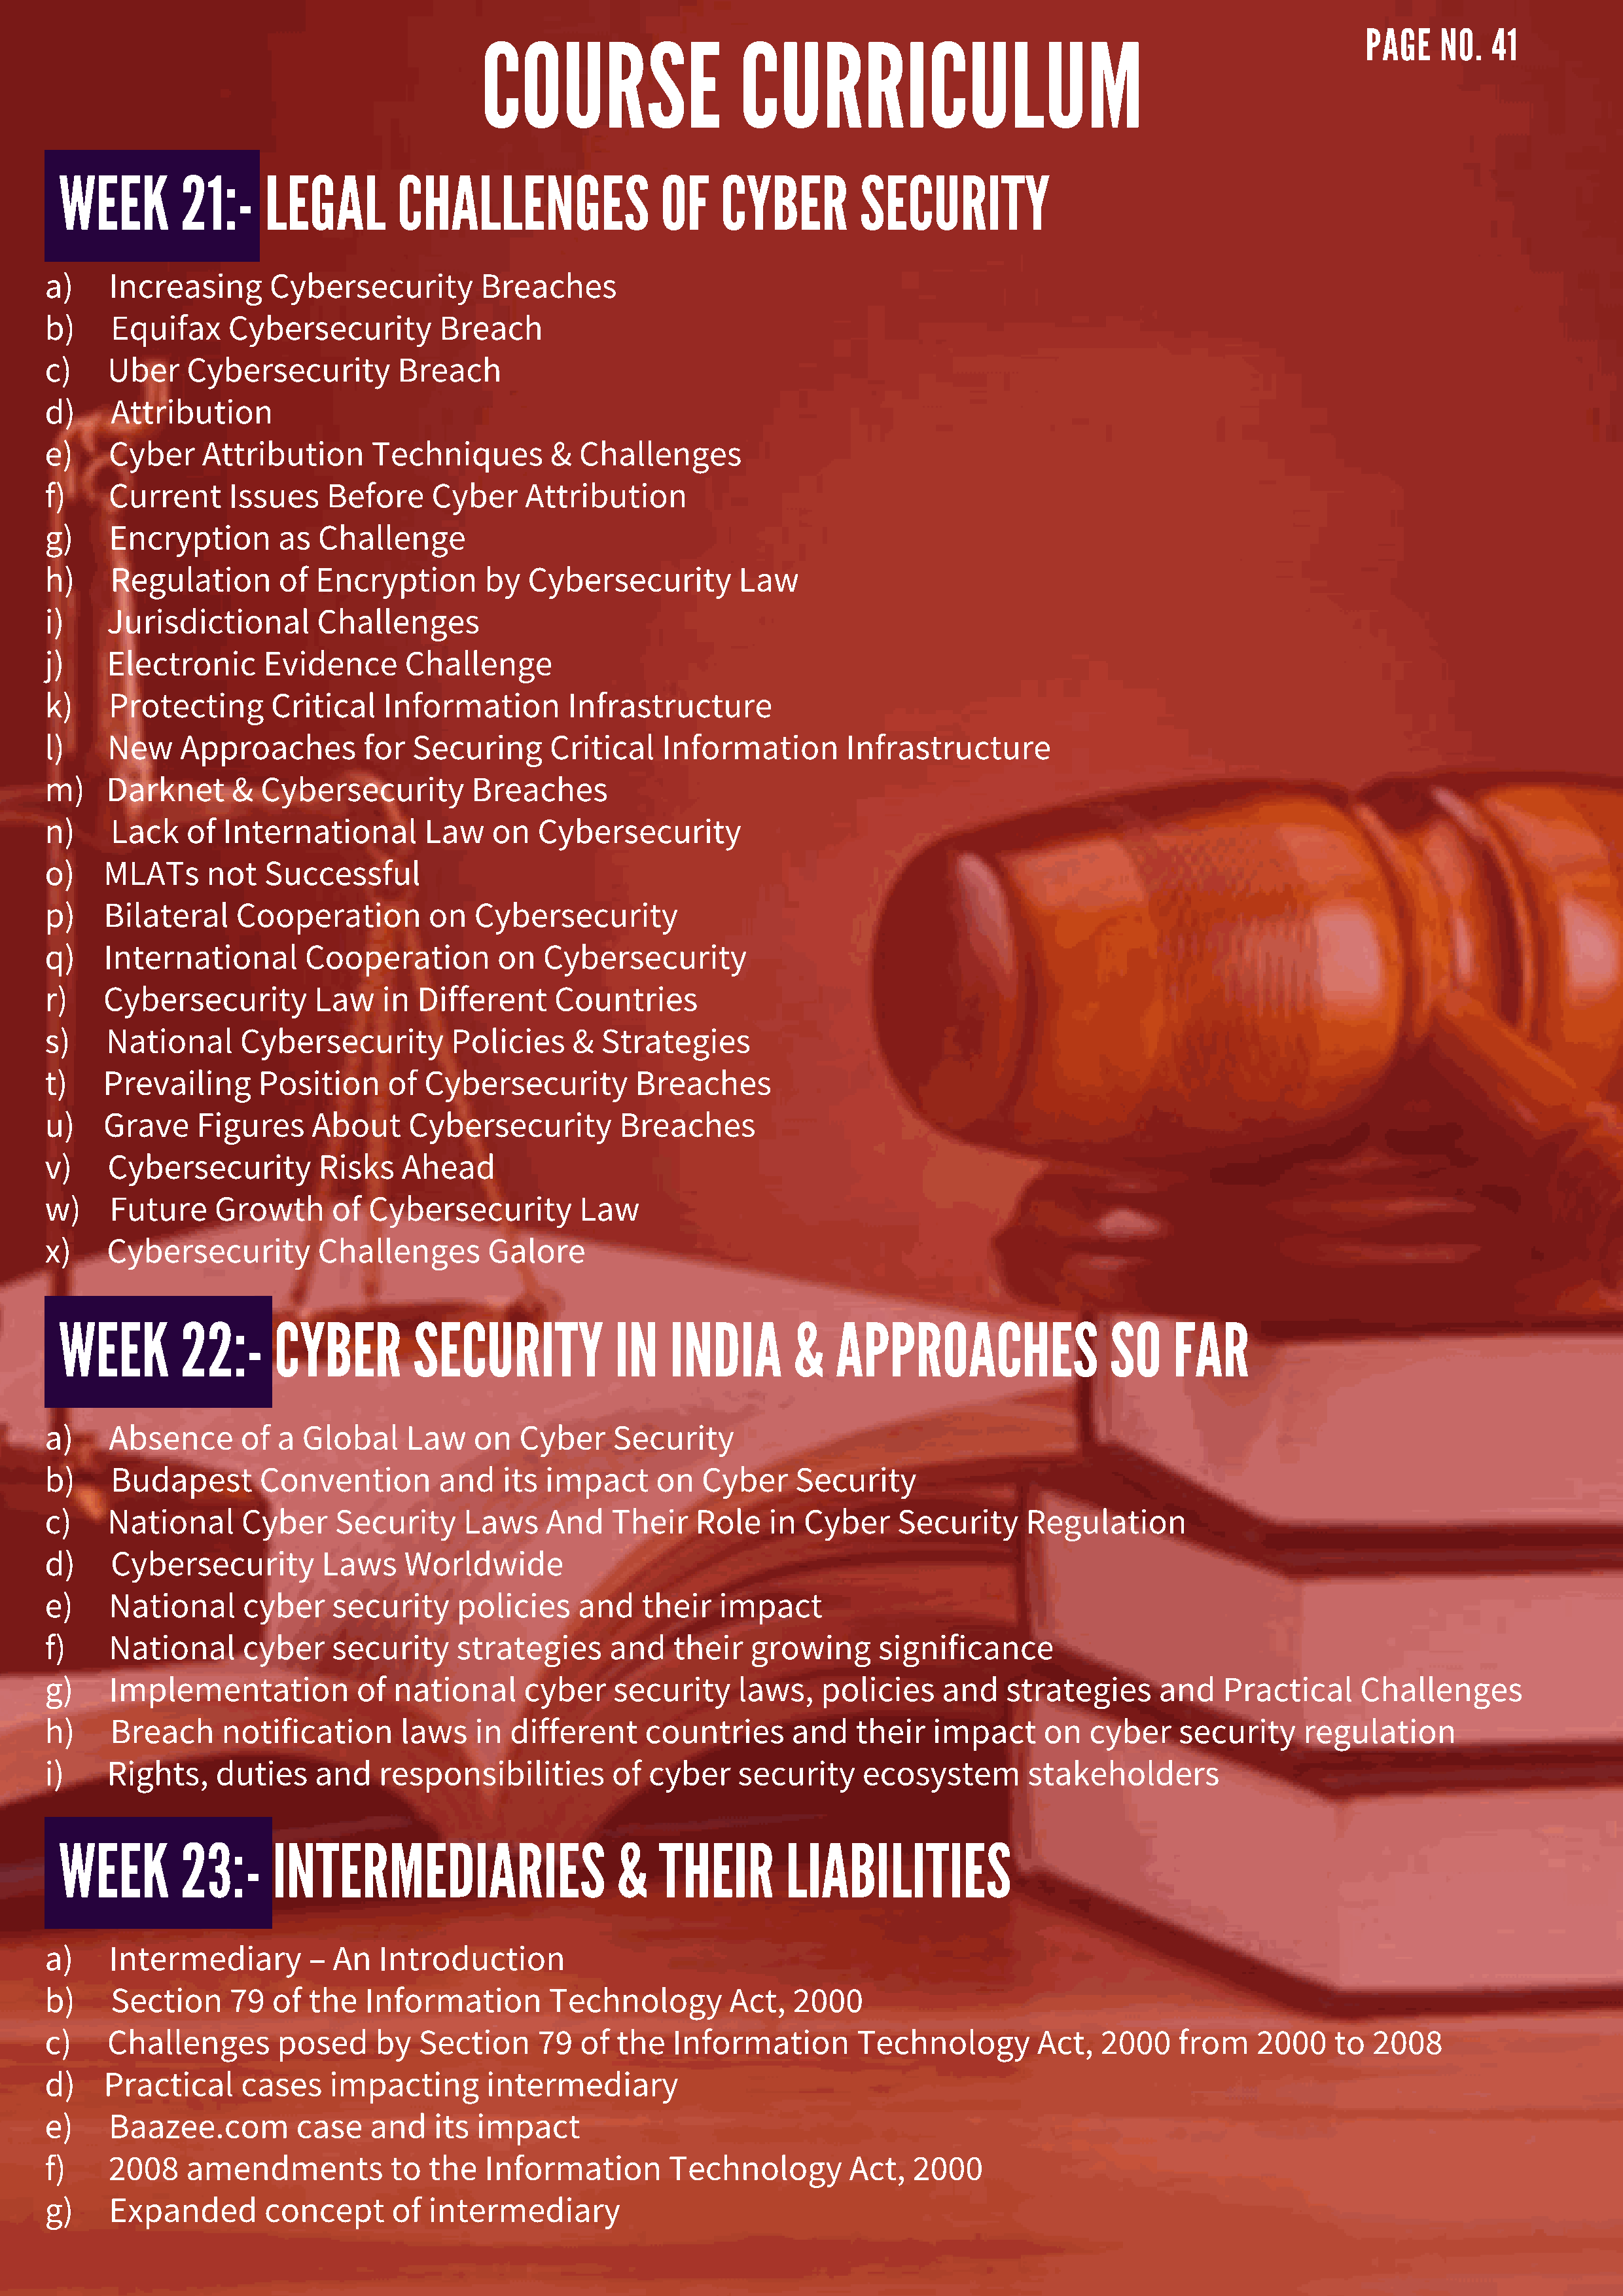
COURSE                    CURRICULUM
 PAGE    NO.  41
 WEEK        21:-     LEGAL        CHALLENGES                 OF    CYBER         SECURITY
 a)    Increasing      Cybersecurity         Breaches
 b)    Equifax     Cybersecurity        Breach
 c)    Uber    Cybersecurity        Breach
 d)    Attribution
 e)    Cyber    Attribution       Techniques        &  Challenges
 f)    Current     Issues    Before     Cyber    Attribution
 g)    Encryption       as  Challenge
 h)    Regulation       of  Encryption       by  Cybersecurity         Law
 i)    Jurisdictional       Challenges
 j)    Electronic      Evidence      Challenge
 k)    Protecting      Critical    Information       Infrastructure
 l)    New    Approaches         for  Securing      Critical   Information        Infrastructure
 m)    Darknet     &  Cybersecurity         Breaches
 n)    Lack    of  International       Law    on  Cybersecurity
 o)   MLATs      not   Successful
 p)   Bilateral     Cooperation        on   Cybersecurity
 q)   International        Cooperation        on   Cybersecurity
 r)   Cybersecurity         Law    in Different     Countries
 s)    National     Cybersecurity         Policies    &  Strategies
 t)   Prevailing      Position     of  Cybersecurity        Breaches
 u)   Grave     Figures     About    Cybersecurity         Breaches
 v)    Cybersecurity        Risks    Ahead
 w)    Future     Growth      of Cybersecurity         Law
 x)    Cybersecurity        Challenges       Galore
 WEEK        22:-      CYBER         SECURITY            IN    INDIA       &    APPROACHES                 SO     FAR
 a)    Absence      of  a  Global    Law    on   Cyber    Security
 b)    Budapest       Convention        and    its impact     on   Cyber    Security
 c)    National     Cyber     Security     Laws    And    Their   Role    in Cyber     Security     Regulation
 d)    Cybersecurity         Laws    Worldwide
 e)    National      cyber    security    policies    and    their   impact
 f)    National      cyber    security    strategies      and   their   growing      significance
 g)    Implementation           of  national     cyber    security     laws,   policies    and    strategies     and    Practical     Challenges
 h)    Breach     notification      laws    in  different    countries      and    their  impact      on  cyber    security     regulation
 i)    Rights,    duties    and   responsibilities        of  cyber    security    ecosystem        stakeholders
 WEEK        23:-      INTERMEDIARIES                    &    THEIR       LIABILITIES
 a)    Intermediary        –  An  Introduction
 b)    Section     79   of the   Information        Technology        Act,  2000
 c)    Challenges       posed     by  Section     79   of the   Information        Technology        Act,  2000    from    2000    to  2008
 d)   Practical     cases    impacting       intermediary
 e)    Baazee.com         case   and    its impact
 f)    2008    amendments          to  the   Information        Technology        Act,  2000
 g)    Expanded        concept      of intermediary